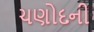
ચણોદની